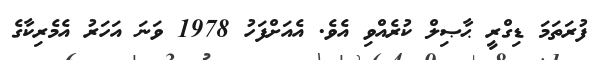
ފުރަތަމަ ޑިގްރީ ޙާޞިލް ކުރެއްވި އެވެ. އެއަށްފަހު 1978 ވަނަ އަހަރު އެމެރިކާގެ